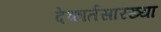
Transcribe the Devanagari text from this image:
देकार्तसारख्या